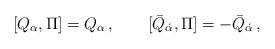
\begin{align*}[Q_\alpha , \Pi]=Q_\alpha\,,\qquad [\bar Q_{\dot \alpha} , \Pi]=-\bar Q_{\dot\alpha}\,,\end{align*}